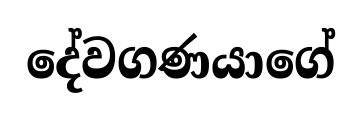
දේවගණයාගේ